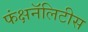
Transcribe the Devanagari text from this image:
फंक्षनॅलिटीस